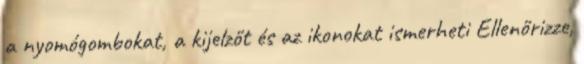
a nyomógombokat, a kijelzőt és az ikonokat ismerheti Ellenőrizze,